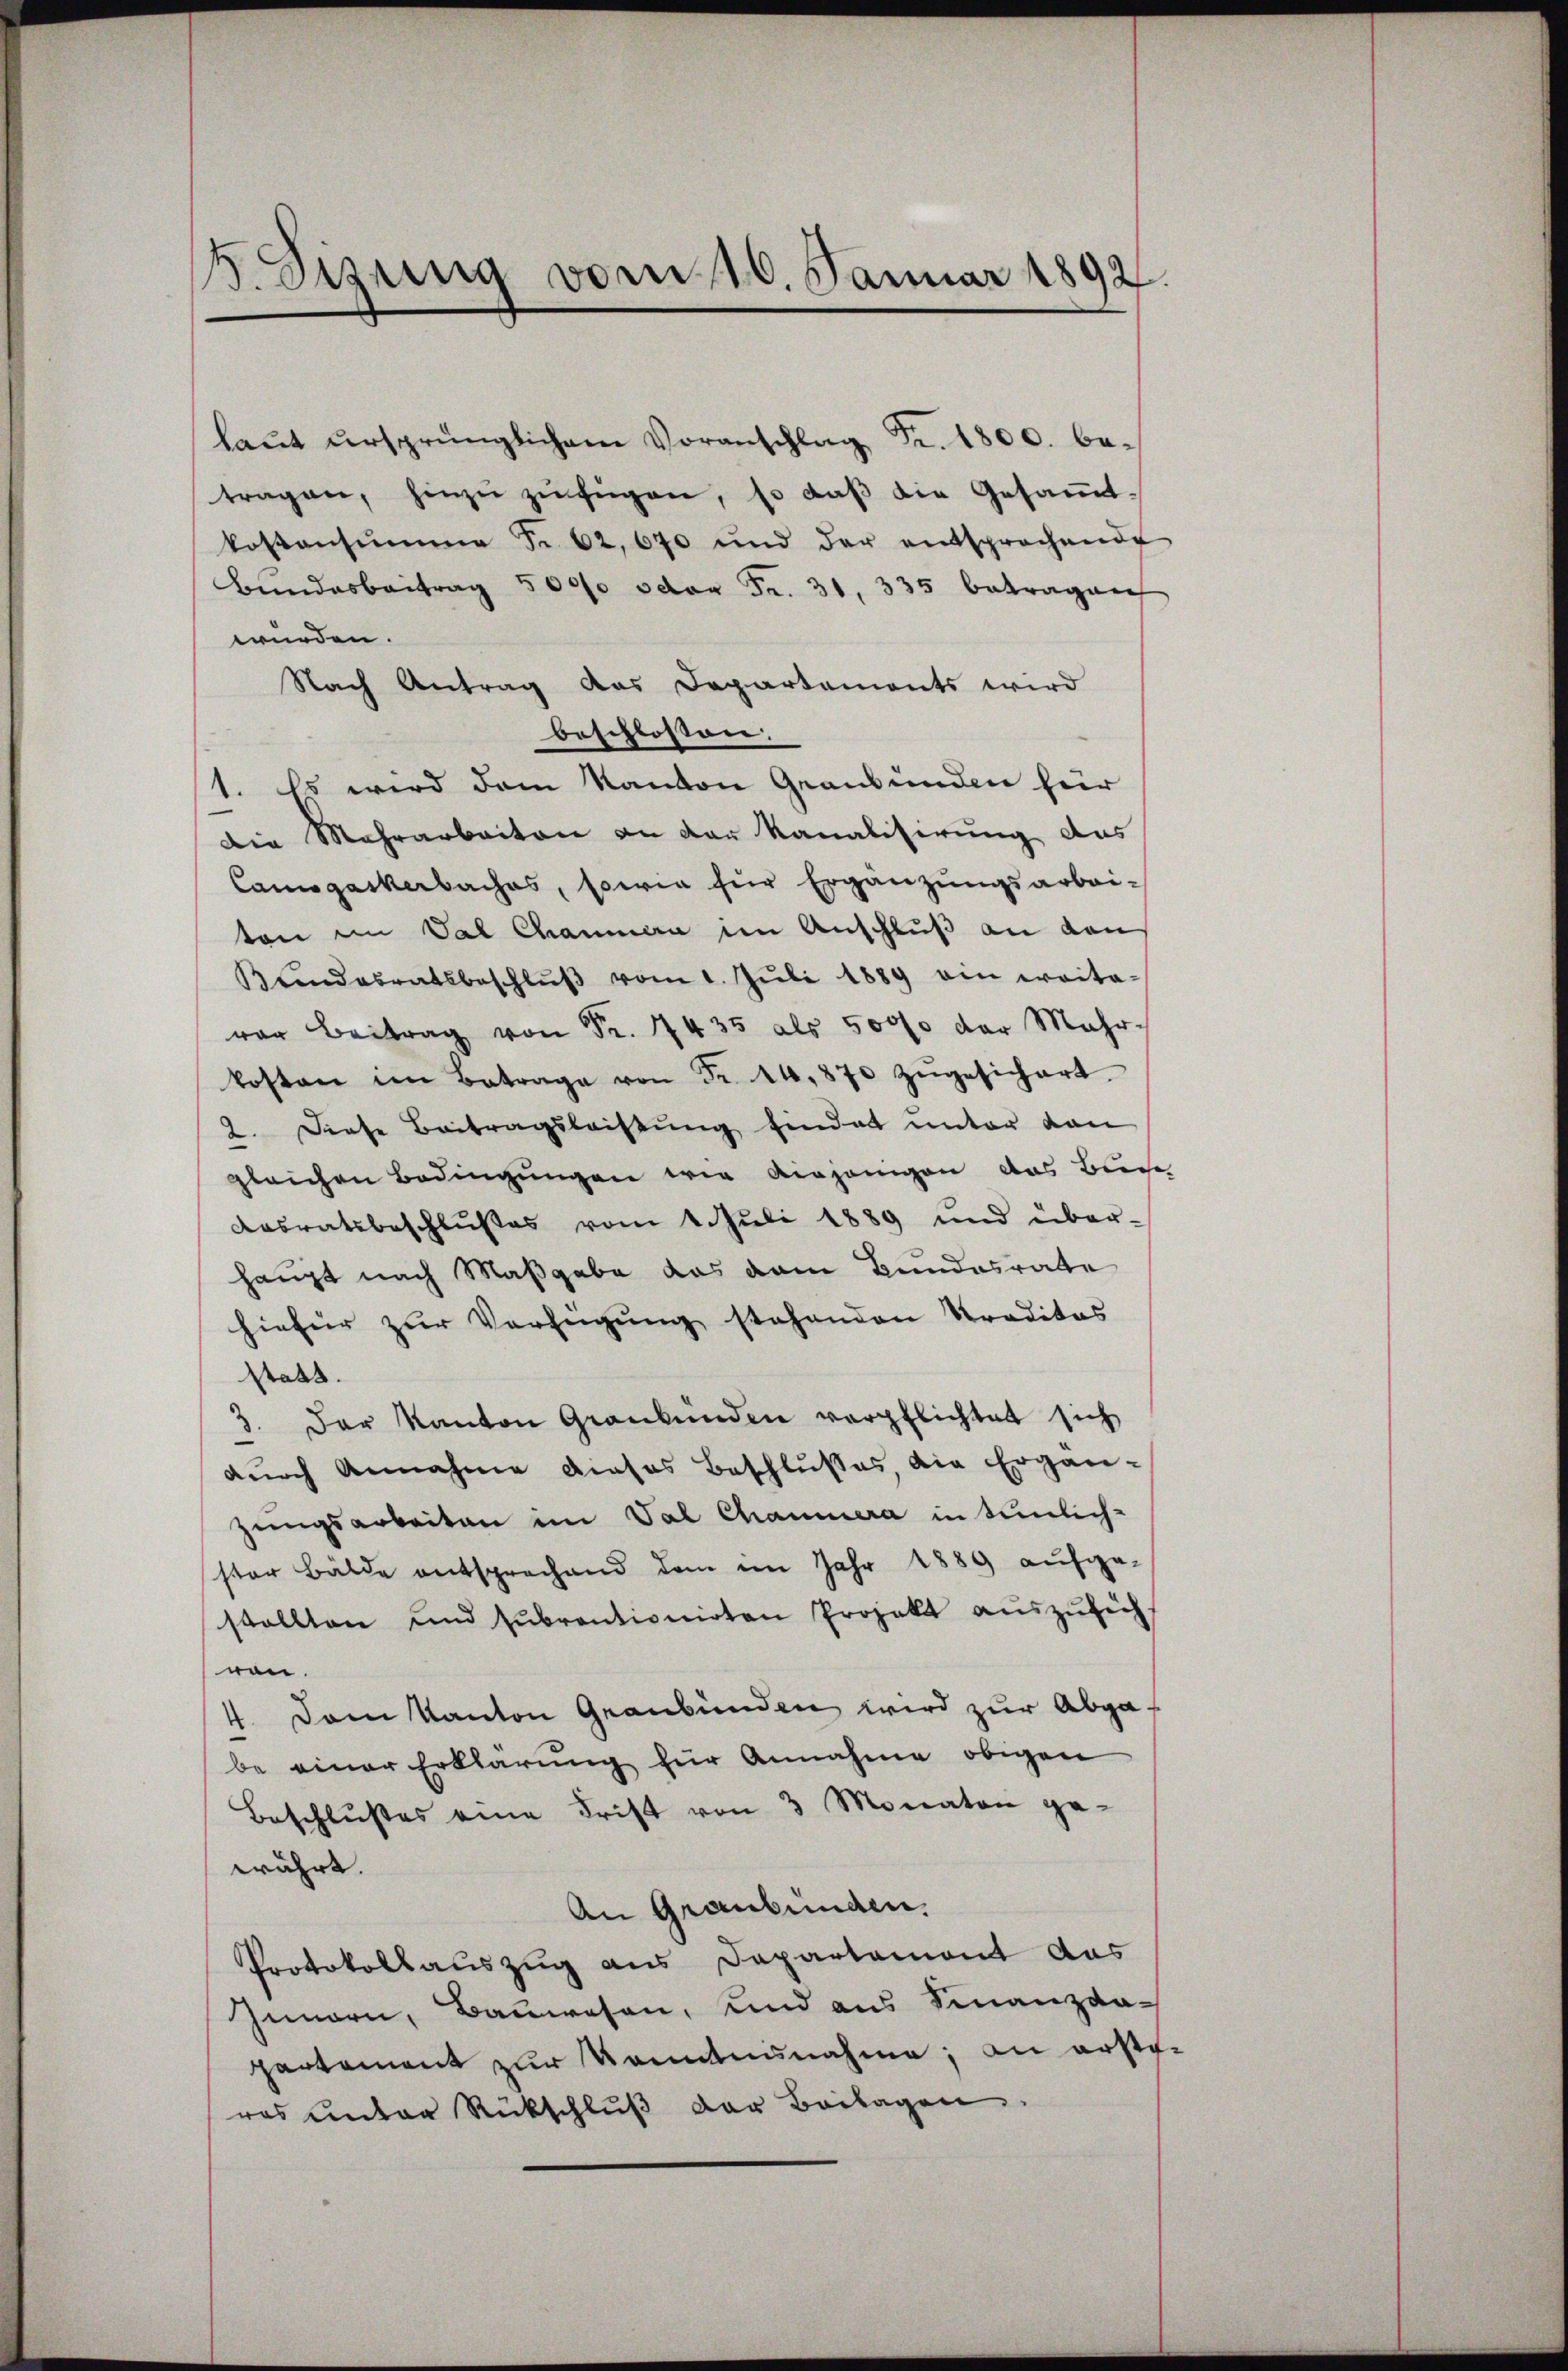
3. Sizung vom 10. Januar 1892.

laŭt ursprünglichem Voranschlag Fr. 1800. betragen, hinzŭ zŭfügen, so daβ die Gesamt-
kostensime S. 62. 670 und der entsprochende
Bundesbeitrag 500/0 oder Fr. 31. 335 betragen
würden.
Nach Antrag das Departements wird
beschlossen.
1. Es wird dem Kanton Graubünden für
Die Mehrarbeiten an der Kanalisirung das
Camsgackerbaches, sowie für Ergänzungsarbei-
ton im Val Chammen im Anschluß an dan
Kŭndesratsbeschlŭβ vom 1. Jŭli 1889 ein weita-
ver Beitrag von Fr. 7435 als 5000 der Mehr-
kosten im Betrage von Fr. 14,870 zŭgesichert.
2. Diese Beitragsleistŭng findet unter dan
gleichen Bedingungen wir diejenigen das Bein
Aasratsbeschlußes vom 1. Juli 1889 und über-
haupt nach Maßgabe das vom Bundesrate
hiefür zŭr Verfügŭng stehenden Traditas
statt.
3. Der Kanton Gränkunden verpflichtet sich
dŭrch Annahme dieses Beschlŭsses, die Ergän-
zungsarbeiten im Val Chammera in tunlich-
ster Bälde entsprechend dem im Jahr 1889 aufge-
stallten und subrentionirten Projekt aŭszŭsicht
ran.
4. Dem Kanton Graubünden wird zur Abgabe einer Erklärung für Annahme obigen
Beschlußes eine Frist von 3 Monaten ge-
währt.
An Graubünden.
Protokollauszug aus Departement das
Innern, Bauwesen, und aus Finanzda-
partement zur Kenntnunahme, an ersteras unter Rückschlŭβ der Beilagen.